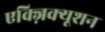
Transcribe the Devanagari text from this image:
एक्ज़िक्यूशन